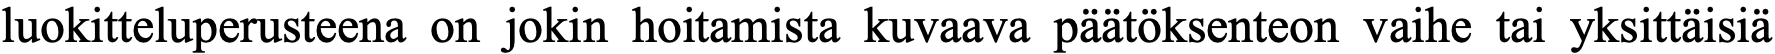
luokitteluperusteena on jokin hoitamista kuvaava päätöksenteon vaihe tai yksittäisiä